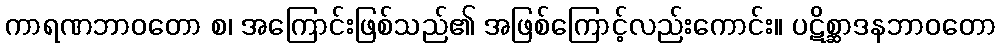
ကာရဏဘာဝတော စ၊ အကြောင်းဖြစ်သည်၏ အဖြစ်ကြောင့်လည်းကောင်း။ ပဋိစ္ဆာဒနဘာဝတော